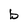
Character: b